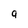
Character: a